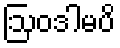
ဩဝဒါမပိ